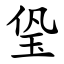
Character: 㺸